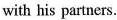
with his partners.